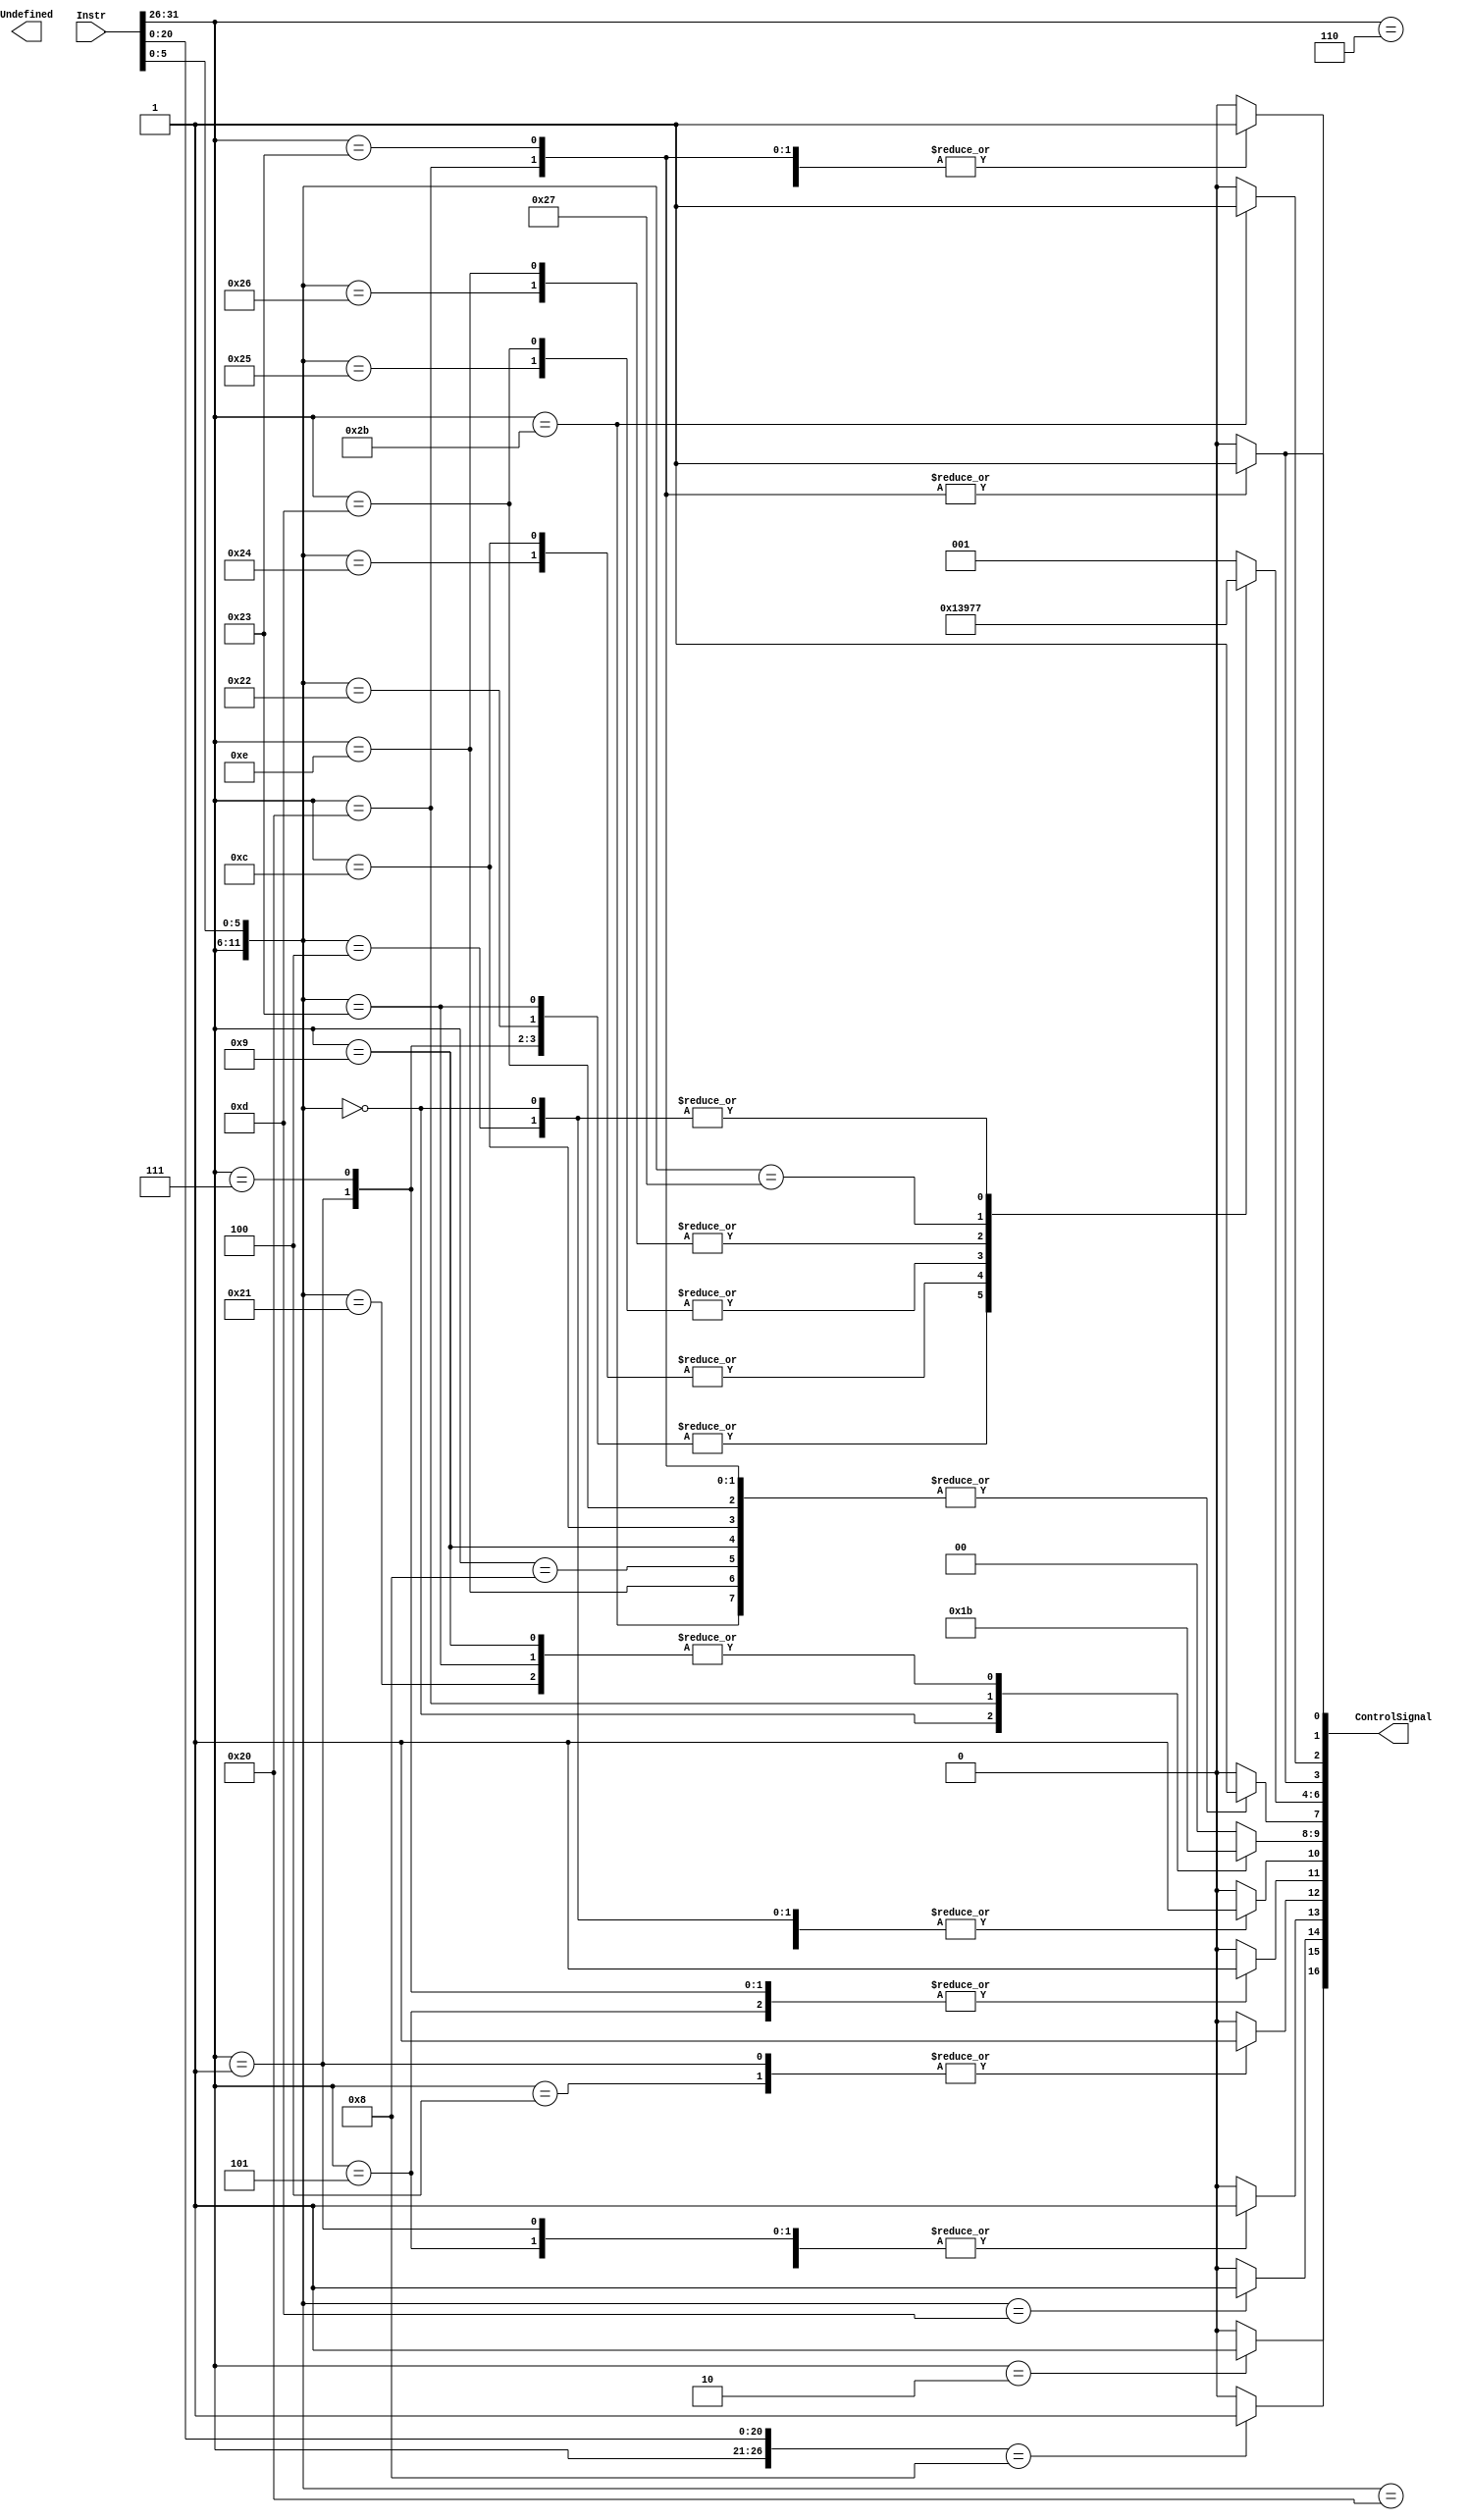
module Decoder(
    input [31:0] Instr,
    output [16:0] ControlSignal,
    output Undefined
);
// add addi addu  sub subu 
// and andi or nor xor
// bgtz bne j jr
// lw sw


parameter add_A  =32'b0000_00xx_xxxx_xxxx_xxxx_xxxx_xx10_0000;
parameter addi_A =32'b0010_00xx_xxxx_xxxx_xxxx_xxxx_xxxx_xxxx;
parameter addu_A =32'b0000_00xx_xxxx_xxxx_xxxx_xxxx_xx10_0001;  
parameter sub_A  =32'b0000_00xx_xxxx_xxxx_xxxx_xxxx_xx10_0010; 
parameter subu_A =32'b0000_00xx_xxxx_xxxx_xxxx_xxxx_xx10_0011; 
parameter and_A  =32'b0000_00xx_xxxx_xxxx_xxxx_xxxx_xx10_0100;
parameter andi_A =32'b0011_00xx_xxxx_xxxx_xxxx_xxxx_xxxx_xxxx; 
parameter or_A   =32'b0000_00xx_xxxx_xxxx_xxxx_xxxx_xx10_0101;
parameter nor_A  =32'b0000_00xx_xxxx_xxxx_xxxx_xxxx_xx10_0111;
parameter xor_A  =32'b0000_00xx_xxxx_xxxx_xxxx_xxxx_xx10_0110;
parameter bgtz_A =32'b0001_11xx_xxxx_xxxx_xxxx_xxxx_xxxx_xxxx;

parameter addiu_A=32'b0010_01xx_xxxx_xxxx_xxxx_xxxx_xxxx_xxxx;
parameter bne_A  =32'b0001_01xx_xxxx_xxxx_xxxx_xxxx_xxxx_xxxx;
parameter j_A    =32'b0000_10xx_xxxx_xxxx_xxxx_xxxx_xxxx_xxxx;
parameter jr_A   =32'b0000_00xx_xxx0_0000_0000_0000_0000_1000;
parameter lw_A   =32'b1000_11xx_xxxx_xxxx_xxxx_xxxx_xxxx_xxxx;
parameter sw_A   =32'b1010_11xx_xxxx_xxxx_xxxx_xxxx_xxxx_xxxx;
parameter blez_A =32'b0001_10xx_xxxx_xxxx_xxxx_xxxx_xxxx_xxxx;
parameter beq_A  =32'b0001_00xx_xxxx_xxxx_xxxx_xxxx_xxxx_xxxx;
parameter bgez_A =32'b0000_01xx_xxxx_xxxx_xxxx_xxxx_xxxx_xxxx;
parameter bltz_A = 32'b0000_01xx_xxxx_xxxx_xxxx_xxxx_xxxx_xxxx; 
parameter lb_A = 32'b1000_00xx_xxxx_xxxx_xxxx_xxxx_xxxx_xxxx;
parameter ori_A = 32'b0011_01xx_xxxx_xxxx_xxxx_xxxx_xxxx_xxxx;
parameter sll_A = 32'b0000_00xx_xxxx_xxxx_xxxx_xxxx_xx00_0000;
parameter sllv_A = 32'b0000_00xx_xxxx_xxxx_xxxx_xxxx_xx00_0100;
parameter xori_A = 32'b0011_10xx_xxxx_xxxx_xxxx_xxxx_xxxx_xxxx;
parameter break_A = 32'b0000_00xx_xxxx_xxxx_xxxx_xxxx_xx00_1101;

reg MemToReg;
reg RegWrite;
reg MemWrite;
reg MemRead;
reg [2:0]ALUOp;
reg ALUSrcA;
reg [1:0]ALUSrcB;
reg RegDst;
reg BranchOnEqual;
reg BranchOnGreater;
reg BranchOnLess;
reg breakpoint;
reg Jump;
reg Jr;

assign ControlSignal = {
    Jump,
    Jr,
    breakpoint,
    BranchOnLess,
    BranchOnEqual,
    BranchOnGreater,
    RegDst,
    ALUSrcB[1:0],
    ALUSrcA,
    ALUOp[2:0],
    MemRead,
    MemWrite,
    RegWrite,
    MemToReg
};
//Jump
always @(*)begin
    casex(Instr)
    j_A     : Jump <= 1;
    default : Jump <= 0;
    endcase
end
//Jr
always @(*)begin
    casex(Instr)
    jr_A    : Jr <= 1;
    default : Jr <= 0;
    endcase
end

// BranchOnLess
always @(*)begin
    casex(Instr)
    bltz_A  : BranchOnLess <= 1;
    blez_A  : BranchOnLess <= 1;
    bne_A   : BranchOnLess <= 1;
    default:
        BranchOnLess <= 0;
    endcase
end

// BranchOnEqual
always @(*)begin
    casex(Instr)
    beq_A   : BranchOnEqual <= 1;
    bgez_A  : BranchOnEqual <= 1;
    default:
        BranchOnEqual <= 0;
    endcase
end

// BranchOnGreater
always @(*)begin
    casex(Instr)
    bgtz_A  : BranchOnGreater <= 1;
    bne_A   : BranchOnGreater <= 1;
    bgez_A  : BranchOnGreater <= 1;
    default:
        BranchOnGreater <= 0;
    endcase
end

//breakpoint
always @(*)begin
    casex(Instr)
    break_A : breakpoint <= 1;
    default : breakpoint <= 0;
    endcase
end

// RegDst
always @(*)begin
    casex(Instr)
    add_A   : RegDst <= 1;
    addu_A  : RegDst <= 1;
    sub_A   : RegDst <= 1;
    subu_A  : RegDst <= 1;
    and_A   : RegDst <= 1;
    xor_A   : RegDst <= 1;
    
    or_A    : RegDst <= 1;
    nor_A   : RegDst <= 1;
    sllv_A  : RegDst <= 1;
    sll_A   : RegDst <= 1;
    default:
        RegDst <= 0;
    endcase
end

// ALUSrcB
always @(*)begin
    casex(Instr)
    sll_A   : ALUSrcB <= 1;
    lb_A    : ALUSrcB <= 2;
    
    addiu_A : ALUSrcB <= 3;
    addu_A  : ALUSrcB <= 3;
    subu_A  : ALUSrcB <= 3;
    default:
        ALUSrcB <= 2'b0;
    endcase
end

// ALUSrcA
always @(*)begin
    casex(Instr)
    addi_A  : ALUSrcA <= 1;
    addiu_A : ALUSrcA <= 1;
    andi_A  : ALUSrcA <= 1;
    ori_A   : ALUSrcA <= 1;
    xori_A  : ALUSrcA <= 1;
    lb_A    : ALUSrcA <= 1;
    lw_A    : ALUSrcA <= 1;
    sw_A    : ALUSrcA <= 1;
    default:
        ALUSrcA <= 0;
    endcase
end


parameter A_NOP = 3'b000;
parameter A_ADD = 3'b001;
parameter A_SUB = 3'b010;
parameter A_AND = 3'b011;
parameter A_OR = 3'b100;
parameter A_XOR = 3'b101;
parameter A_NOR = 3'b110;
parameter A_SLL = 3'b111;
// ALUOp
always @(*)begin
    casex(Instr)
    sub_A   : ALUOp <= A_SUB;
    subu_A  : ALUOp <= A_SUB;
    bne_A   : ALUOp <= A_SUB;
    bgez_A  : ALUOp <= A_SUB;
    bgtz_A  : ALUOp <= A_SUB;
    beq_A   : ALUOp <= A_SUB;
    blez_A  : ALUOp <= A_SUB;
    bltz_A  : ALUOp <= A_SUB;

    and_A   : ALUOp <= A_AND;
    andi_A  : ALUOp <= A_AND;
    or_A    : ALUOp <= A_OR;
    ori_A   : ALUOp <= A_OR;
    xori_A  : ALUOp <= A_XOR;
    xor_A   : ALUOp <= A_XOR;
    nor_A   : ALUOp <= A_NOR;
    sllv_A  : ALUOp <= A_SLL;
    sll_A   : ALUOp <= A_SLL;
    default:
        ALUOp <= 3'b001;
    endcase
end

// MemRead
always @(*)begin
    casex(Instr)
    lw_A    : MemRead <= 1;
    lb_A    : MemRead <= 1;
    default:
        MemRead <= 0;
    endcase
end

// MemWrite
always @(*)begin
    casex(Instr)
    sw_A : MemWrite <= 1;
    default:
        MemWrite <= 0;
    endcase
end

// RegWrite
always @(*)begin
    casex(Instr)
    add_A   : RegWrite <= 1;   
    addu_A  : RegWrite <= 1;       
    sub_A   : RegWrite <= 1;    
    subu_A  : RegWrite <= 1;      
    and_A   : RegWrite <= 1;   
    or_A    : RegWrite <= 1;     
    nor_A   : RegWrite <= 1;   
    xor_A   : RegWrite <= 1;   
    xori_A  : RegWrite <= 1;
    addi_A  : RegWrite <= 1;  
    addiu_A : RegWrite <= 1;   
    andi_A  : RegWrite <= 1;      
    lw_A    : RegWrite <= 1;    
    ori_A   : RegWrite <= 1;
    lb_A    : RegWrite <= 1;
    sllv_A  : RegWrite <= 1;
    sll_A   : RegWrite <= 1;
    default:
        RegWrite <= 0;
    endcase
end

// MemToRg
always @(*)begin
    casex(Instr)
    lb_A    : MemToReg <= 1;
    lw_A    : MemToReg <= 1;
    default:
        MemToReg <= 0;
    endcase
end


endmodule